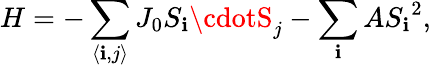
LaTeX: H=-\sum_{\langle\mathbf{i},j\rangle}J_{0}S_{\mathbf{i}}\cdotS_{j}-\sum_{\mathbf{i}}A{S_{\mathbf{i}}}^{2},